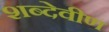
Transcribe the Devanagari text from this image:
शब्देवीण